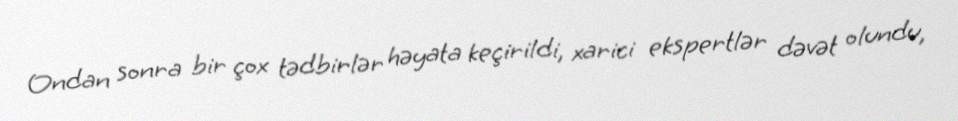
Ondan sonra bir çox tədbirlər həyata keçirildi, xarici ekspertlər dəvət olundu,